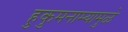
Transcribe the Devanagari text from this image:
हुकुमनाम्यामुळे